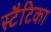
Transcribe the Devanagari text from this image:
स्टैटिका